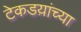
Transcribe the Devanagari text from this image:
टेकडय़ांच्या